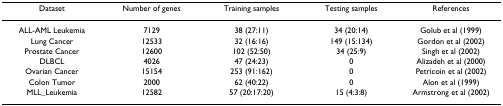
| Dataset | Number of genes | Training samples | Testing samples | References |
 | --- | --- | --- | --- | --- |
 | ALL-AML Leukemia | 7129 | 38 (27:11) | 34 (20:14) | Golub et al (1999) |
 | Lung Cancer | 12533 | 32 (16:16) | 149 (15:134) | Gordon et al (2002) |
 | Prostate Cancer | 12600 | 102 (52:50) | 34 (25:9) | Singh et al (2002) |
 | DLBCL | 4026 | 47 (24:23) | 0 | Alizadeh et al (2000) |
 | Ovarian Cancer | 15154 | 253 (91:162) | 0 | Petricoin et al (2002) |
 | Colon Tumor | 2000 | 62 (40:22) | 0 | Alon et al (1999) |
 | MLL_Leukemia | 12582 | 57 (20:17:20) | 15 (4:3:8) | Armstrong et al (2002) |